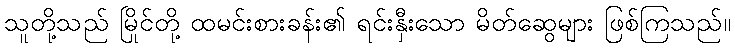
သူတို့သည် မြိုင်တို့ ထမင်းစားခန်း၏ ရင်းနှီးသော မိတ်ဆွေများ ဖြစ်ကြသည်။